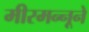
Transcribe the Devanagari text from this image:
मीरमन्नूने